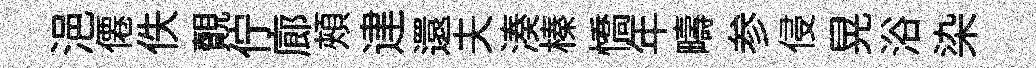
浥僊佚覿佇廊頰䢖還夫湊榛憍年疇参侵晃浴染